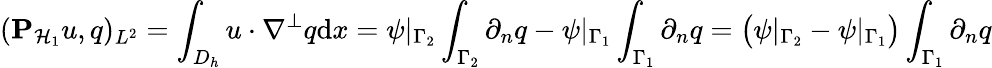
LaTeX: (\mathbf{P}_{\mathcal{H}_{1}}u,q)_{L^{2}}=\int_{D_{h}}u\cdot\nabla^{\perp}q\mathrm{d}x=\psi|_{\Gamma_{2}}\int_{\Gamma_{2}}\partial_{n}q-\psi|_{\Gamma_{1}}\int_{\Gamma_{1}}\partial_{n}q=\big(\psi|_{\Gamma_{2}}-\psi|_{\Gamma_{1}}\big)\int_{\Gamma_{1}}\partial_{n}q